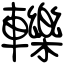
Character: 轢